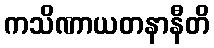
ကသိဏာယတနာနီတိ